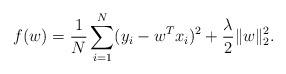
LaTeX: \begin{align*}f(w) = \frac{1}{N}\sum_{i=1}^N (y_i-w^T x_i)^2 + \frac{\lambda}{2}\|w\|_2^2 .\end{align*}